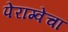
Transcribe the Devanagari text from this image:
पेराग्वेचा